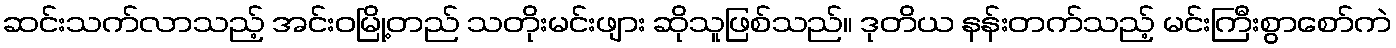
ဆင်းသက်လာသည့် အင်းဝမြို့တည် သတိုးမင်းဖျား ဆိုသူဖြစ်သည်။ ဒုတိယ နန်းတက်သည့် မင်းကြီးစွာစော်ကဲ